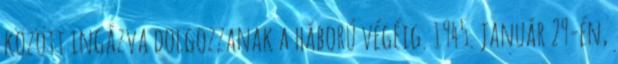
között ingázva dolgozzanak a háború végéig. 1945. január 29-én,